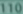
110